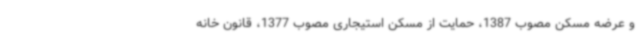
و عرضه مسکن مصوب 1387، حمایت از مسکن استیجاری مصوب 1377، قانون خانه